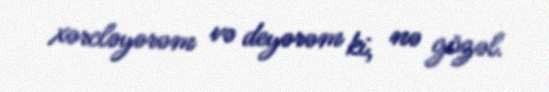
xərcləyərəm və deyərəm ki, nə gözəl.